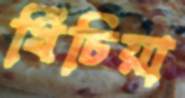
খিঁচিয়া